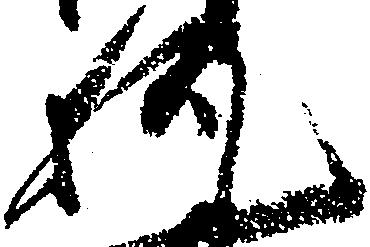
執